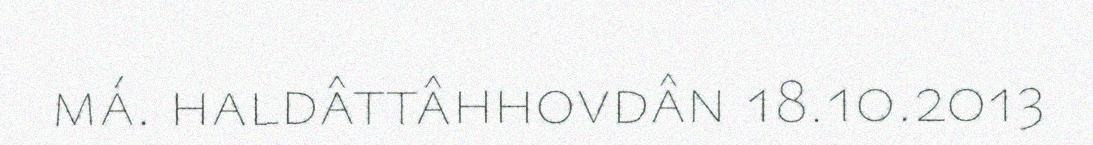
má. haldâttâhhovdân 18.10.2013